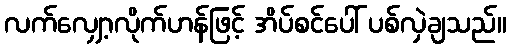
လက်လျှော့လိုက်ဟန်ဖြင့် အိပ်စင်ပေါ် ပစ်လှဲချသည်။